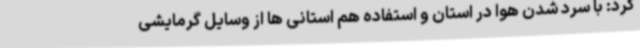
کرد: با سرد شدن هوا در استان و استفاده هم استانی ها از وسایل گرمایشی